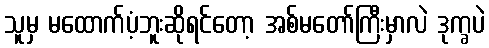
သူမှ မထောက်ပံ့ဘူးဆိုရင်တော့ အစ်မတော်ကြီးမှာလဲ ဒုက္ခပဲ